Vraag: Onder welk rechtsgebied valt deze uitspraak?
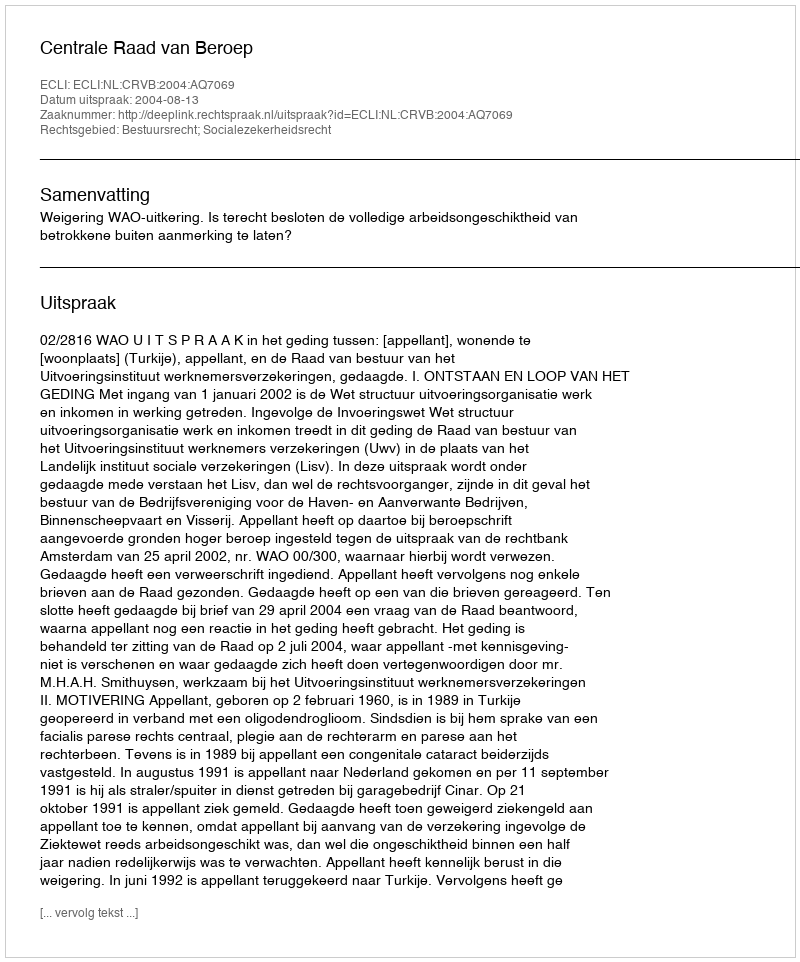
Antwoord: Bestuursrecht; Socialezekerheidsrecht